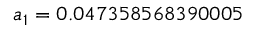
a _ { 1 } = 0 . 0 4 7 3 5 8 5 6 8 3 9 0 0 0 5